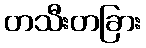
တသီးတခြား